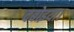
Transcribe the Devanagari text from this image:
दबोइया।